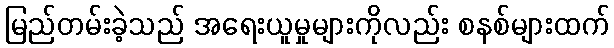
မြည်တမ်းခဲ့သည် အရေးယူမှုများကိုလည်း စနစ်များထက်